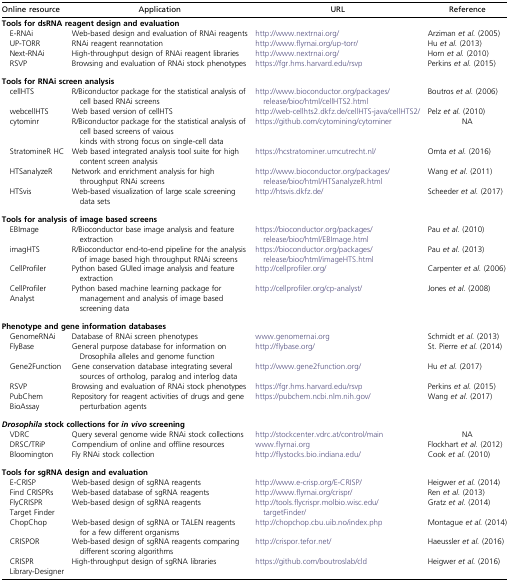
<table><thead><tr><td><b>Online resource</b></td><td><b>Application</b></td><td><b>URL</b></td><td><b>Reference</b></td></tr></thead><tbody><tr><td colspan="4"><b>Tools for dsRNA reagent design and evaluation</b></td></tr><tr><td> E-RNAi</td><td>Web-based design and evaluation of RNAi reagents</td><td>http://www.nextrnai.org/</td><td>Arziman <i>et al.</i> (2005)</td></tr><tr><td> UP-TORR</td><td>RNAi reagent reannotation</td><td>http://www.flyrnai.org/up-torr/</td><td>Hu <i>et al.</i> (2013)</td></tr><tr><td> Next-RNAi</td><td>High-throughput design of RNAi reagent libraries</td><td>http://www.nextrnai.org/</td><td>Horn <i>et al.</i> (2010)</td></tr><tr><td> RSVP</td><td>Browsing and evaluation of RNAi stock phenotypes</td><td>https://fgr.hms.harvard.edu/rsvp</td><td>Perkins <i>et al.</i> (2015)</td></tr><tr><td colspan="4"><b>Tools for RNAi screen analysis</b></td></tr><tr><td> cellHTS</td><td>R/Biconductor package for the statistical analysis of cell based RNAi screens</td><td>http://www.bioconductor.org/packages/release/bioc/html/cellHTS2.html</td><td>Boutros <i>et al.</i> (2006)</td></tr><tr><td> webcellHTS</td><td>Web based version of cellHTS</td><td>http://web-cellhts2.dkfz.de/cellHTS-java/cellHTS2/</td><td>Pelz <i>et al.</i> (2010)</td></tr><tr><td> cytominr</td><td>R/Biconductor package for the statistical analysis of cell based screens of vaious kinds with strong focus on single-cell data</td><td>https://github.com/cytomining/cytominer</td><td>NA</td></tr><tr><td> StratomineR HC</td><td>Web based integrated analysis tool suite for high content screen analysis</td><td>https://hcstratominer.umcutrecht.nl/</td><td>Omta <i>et al.</i> (2016)</td></tr><tr><td> HTSanalyzeR</td><td>Network and enrichment analysis for high throughput RNAi screens</td><td>http://www.bioconductor.org/packages/release/bioc/html/HTSanalyzeR.html</td><td>Wang <i>et al.</i> (2011)</td></tr><tr><td> HTSvis</td><td>Web-based visualization of large scale screening data sets</td><td>http://htsvis.dkfz.de/</td><td>Scheeder <i>et al.</i> (2017)</td></tr><tr><td colspan="4"><b>Tools for analysis of image based screens</b></td></tr><tr><td> EBImage</td><td>R/Bioconductor base image analysis and feature extraction</td><td>https://bioconductor.org/packages/release/bioc/html/EBImage.html</td><td>Pau <i>et al.</i> (2010)</td></tr><tr><td> imagHTS</td><td>R/Bioconductor end-to-end pipeline for the analysis of image based high throughput RNAi screens</td><td>https://bioconductor.org/packages/release/bioc/html/imageHTS.html</td><td>Pau <i>et al.</i> (2013)</td></tr><tr><td> CellProfiler</td><td>Python based GUIed image analysis and feature extraction</td><td>http://cellprofiler.org/</td><td>Carpenter <i>et al.</i> (2006)</td></tr><tr><td> CellProfiler Analyst</td><td>Python based machine learning package for management and analysis of image based screening data</td><td>http://cellprofiler.org/cp-analyst/</td><td>Jones <i>et al.</i> (2008)</td></tr><tr><td colspan="4"><b>Phenotype and gene information databases</b></td></tr><tr><td> GenomeRNAi</td><td>Database of RNAi screen phenotypes</td><td>www.genomernai.org</td><td>Schmidt <i>et al.</i> (2013)</td></tr><tr><td> FlyBase</td><td>General purpose database for information on Drosophila alleles and genome function</td><td>http://flybase.org/</td><td>St. Pierre <i>et al.</i> (2014)</td></tr><tr><td> Gene2Function</td><td>Gene conservation database integrating several sources of ortholog, paralog and interlog data</td><td>http://www.gene2function.org/</td><td>Hu <i>et al.</i> (2017)</td></tr><tr><td> RSVP</td><td>Browsing and evaluation of RNAi stock phenotypes</td><td>https://fgr.hms.harvard.edu/rsvp</td><td>Perkins <i>et al.</i> (2015)</td></tr><tr><td> PubChem BioAssay</td><td>Repository for reagent activities of drugs and gene perturbation agents</td><td>https://pubchem.ncbi.nlm.nih.gov/</td><td>Wang <i>et al.</i> (2017)</td></tr><tr><td colspan="4"><b><i>Drosophila</i> stock collections for <i>in vivo</i> screening</b></td></tr><tr><td> VDRC</td><td>Query several genome wide RNAi stock collections</td><td>http://stockcenter.vdrc.at/control/main</td><td>NA</td></tr><tr><td> DRSC/TRiP</td><td>Compendium of online and offline resources</td><td>www.flyrnai.org</td><td>Flockhart <i>et al.</i> (2012)</td></tr><tr><td> Bloomington</td><td>Fly RNAi stock collection</td><td>http://flystocks.bio.indiana.edu/</td><td>Cook <i>et al.</i> (2010)</td></tr><tr><td colspan="4"><b>Tools for sgRNA design and evaluation</b></td></tr><tr><td> E-CRISP</td><td>Web-based design of sgRNA reagents</td><td>http://www.e-crisp.org/E-CRISP/</td><td>Heigwer <i>et al.</i> (2014)</td></tr><tr><td> Find CRISPRs</td><td>Web-based database of sgRNA reagents</td><td>http://www.flyrnai.org/crispr/</td><td>Ren <i>et al.</i> (2013)</td></tr><tr><td> FlyCRISPR Target Finder</td><td>Web-based design of sgRNA reagents</td><td>http://tools.flycrispr.molbio.wisc.edu/targetFinder/</td><td>Gratz <i>et al.</i> (2014)</td></tr><tr><td> ChopChop</td><td>Web-based design of sgRNA or TALEN reagents for a few different organisms</td><td>http://chopchop.cbu.uib.no/index.php</td><td>Montague <i>et al.</i> (2014)</td></tr><tr><td> CRISPOR</td><td>Web-based design of sgRNA reagents comparing different scoring algorithms</td><td>http://crispor.tefor.net/</td><td>Haeussler <i>et al.</i> (2016)</td></tr><tr><td> CRISPR Library-Designer</td><td>High-throughput design of sgRNA libraries</td><td>https://github.com/boutroslab/cld</td><td>Heigwer <i>et al.</i> (2016)</td></tr></tbody></table>